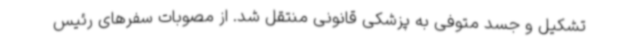
تشکیل و جسد متوفی به پزشکی قانونی منتقل شد. از مصوبات سفرهای رئیس